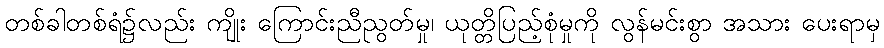
တစ်ခါတစ်ရံ၌လည်း ကျိုး ကြောင်းညီညွတ်မှု၊ ယုတ္တိပြည့်စုံမှုကို လွန်မင်းစွာ အသား ပေးရာမှ